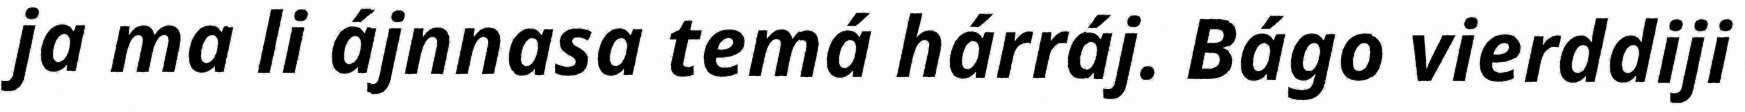
ja ma li ájnnasa temá hárráj. Bágo vierddiji